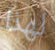
لهذا